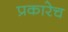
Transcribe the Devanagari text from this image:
प्रकारेच